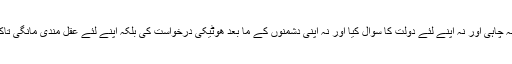
اور اپنی عمر کی درازی نہ چاہی اور نہ اپنے لئے دولت کا سوال کیا اور نہ اپنی دشمنوں کے ما بعد ھوٹیکی درخواست کی بلکہ اپنے لئے عقل مندی مانگی تاکہ عدالت میں خبر دار رہو۔